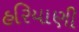
હરિયાણી